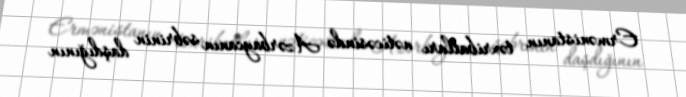
Ermənistanın təxribatları nəticəsində Azərbaycanın səbrinin daşdığının